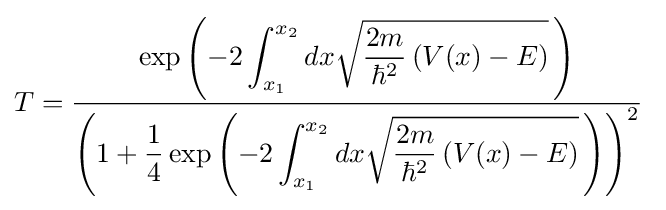
T={\frac {\displaystyle \exp \left(-2\int _{x_{1}}^{x_{2}}dx{\sqrt {{\frac {2m}{\hbar ^{2}}}\left(V(x)-E\right)}}\,\right)}{\displaystyle \left(1+{\frac {1}{4}}\exp \left(-2\int _{x_{1}}^{x_{2}}dx{\sqrt {{\frac {2m}{\hbar ^{2}}}\left(V(x)-E\right)}}\,\right)\right)^{2}}}\